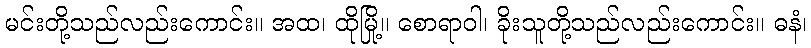
မင်းတို့သည်လည်းကောင်း။ အထ၊ ထိုမြို့။ စောရာဝါ၊ ခိုးသူတို့သည်လည်းကောင်း။ ဓနံ၊